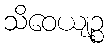
သိဝေယျဉ္စ